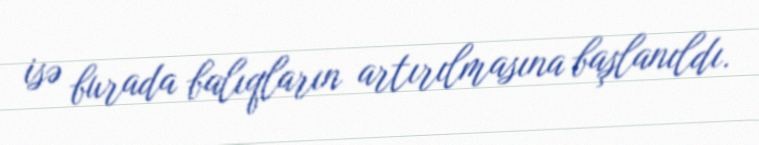
isə burada balıqların artırılmasına başlanıldı.